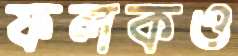
ফলকও